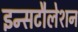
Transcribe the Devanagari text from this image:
इन्सटौलेशन